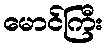
မောင်ကြီး